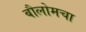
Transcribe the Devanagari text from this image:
बौलोमचा